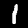
Label: 1